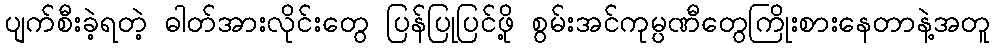
ပျက်စီးခဲ့ရတဲ့ ဓါတ်အားလိုင်းတွေ ပြန်ပြုပြင်ဖို့ စွမ်းအင်ကုမ္ပဏီတွေကြိုးစားနေတာနဲ့အတူ